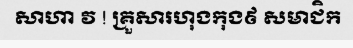
សាហា វ ! គ្រួសារហុងកុង៩ សមាជិក